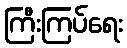
ကြီးကြပ်ရေး